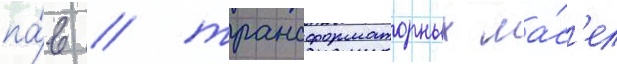
па́в / трансформаторных ма́с'ел